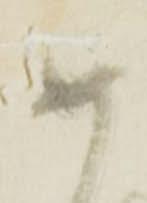
如